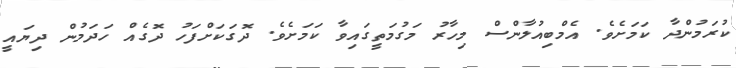
ކުރަމުންދާ ކަމަށެވެ. އެމްބިއުލާންސް މިހާރު މަގުމަތީގައިވާ ކަމަށެވެ. ދޮގަކަށްފަހު ދޮގެއް ހަދަމުން ދިޔައީ